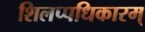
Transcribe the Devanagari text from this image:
शिलप्पधिकारम्‌